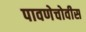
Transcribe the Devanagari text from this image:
पावणेचोवीस